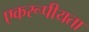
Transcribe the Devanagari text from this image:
एकरूपीयता